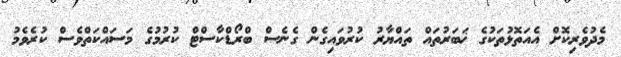
މެދުވެރިކޮށް އެއަތޮޅުތަކުގެ ޚަބަރުތައް ތައްޔާރު ކުރުވައިގެން ގެނެސް ބްރޯޑްކާސްޓް ކުރުމުގެ މަސައްކަތްވެސް ކުރެވެމު